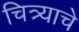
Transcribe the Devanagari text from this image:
चित्र्याचे